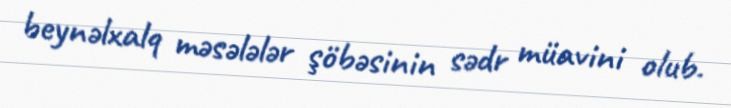
beynəlxalq məsələlər şöbəsinin sədr müavini olub.